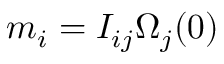
m _ { i } = I _ { i j } \Omega _ { j } ( 0 )